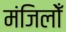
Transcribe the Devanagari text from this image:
मंजिलोँ